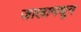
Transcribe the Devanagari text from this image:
जालामधून